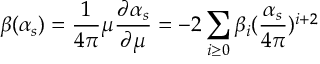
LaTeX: \beta ( \alpha _ { s } ) = \frac { 1 } { 4 \pi } \mu \frac { \partial \alpha _ { s } } { \partial \mu } = - 2 \sum _ { i \geq 0 } \beta _ { i } ( \frac { \alpha _ { s } } { 4 \pi } ) ^ { i + 2 }